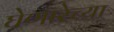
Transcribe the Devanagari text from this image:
घेणारेच्या